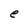
Character: e